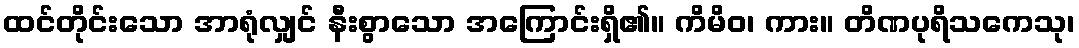
ထင်တိုင်းသော အာရုံလျှင် နီးစွာသော အကြောင်းရှိ၏။ ကိမိဝ၊ ကား။ တိဏပုရိသကေသု၊